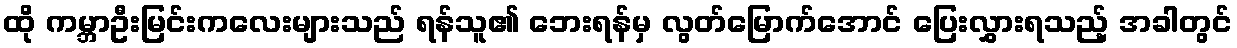
ထို ကမ္ဘာဦးမြင်းကလေးများသည် ရန်သူ၏ ဘေးရန်မှ လွတ်မြောက်အောင် ပြေးလွှားရသည့် အခါတွင်